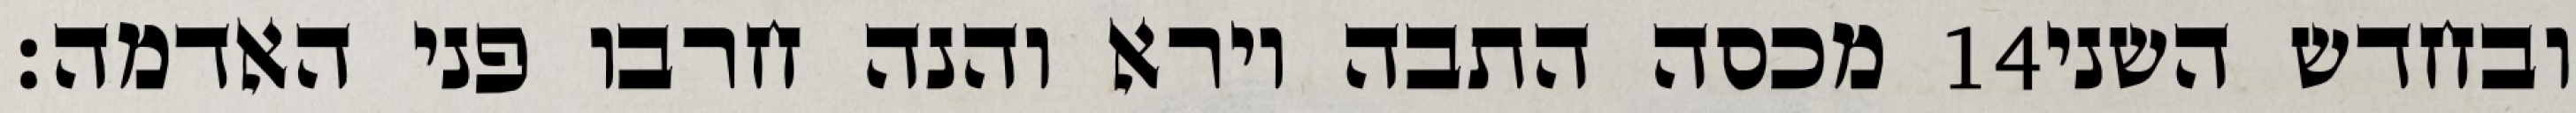
מכסה התבה וירא והנה חרבו פני האדמה׃ ‎14‏ ובחדש השני